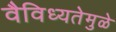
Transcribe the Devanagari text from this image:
वैविध्यतेमुळे